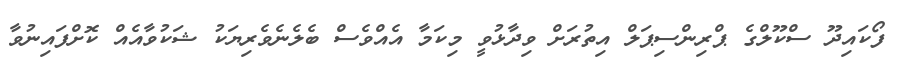
ފޯކައިދޫ ސްކޫލްގެ ޕްރިންސިޕަލް އިތުރަށް ވިދާޅުވީ މިކަމާ އެއްވެސް ބެލެނެވެރިޔަކު ޝަކުވާއެއް ކޮށްފައިނުވާ